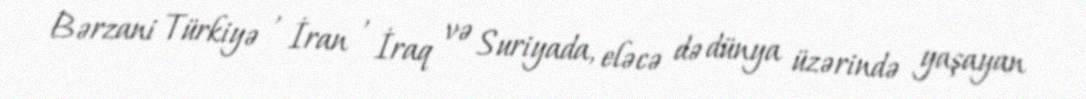
Bərzani Türkiyə , İran , İraq və Suriyada, eləcə də dünya üzərində yaşayan